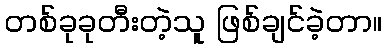
တစ်ခုခုတီးတဲ့သူ ဖြစ်ချင်ခဲ့တာ။